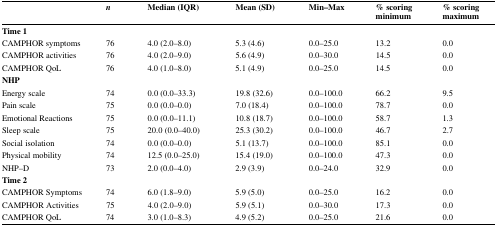
<table><thead><tr><td></td><td><b><i>n</i></b></td><td><b>Median (IQR)</b></td><td><b>Mean (SD)</b></td><td><b>Min–Max</b></td><td><b>% scoring minimum</b></td><td><b>% scoring maximum</b></td></tr></thead><tbody><tr><td><b>Time 1</b></td><td></td><td></td><td></td><td></td><td></td><td></td></tr><tr><td>CAMPHOR symptoms</td><td>76</td><td>4.0 (2.0–8.0)</td><td>5.3 (4.6)</td><td>0.0–25.0</td><td>13.2</td><td>0.0</td></tr><tr><td>CAMPHOR activities</td><td>76</td><td>4.0 (2.0–9.0)</td><td>5.6 (4.9)</td><td>0.0–30.0</td><td>14.5</td><td>0.0</td></tr><tr><td>CAMPHOR QoL</td><td>76</td><td>4.0 (1.0–8.0)</td><td>5.1 (4.9)</td><td>0.0–25.0</td><td>14.5</td><td>0.0</td></tr><tr><td><b>NHP</b></td><td></td><td></td><td></td><td></td><td></td><td></td></tr><tr><td>Energy scale</td><td>74</td><td>0.0 (0.0–33.3)</td><td>19.8 (32.6)</td><td>0.0–100.0</td><td>66.2</td><td>9.5</td></tr><tr><td>Pain scale</td><td>75</td><td>0.0 (0.0–0.0)</td><td>7.0 (18.4)</td><td>0.0–100.0</td><td>78.7</td><td>0.0</td></tr><tr><td>Emotional Reactions</td><td>75</td><td>0.0 (0.0–11.1)</td><td>10.8 (18.7)</td><td>0.0–100.0</td><td>58.7</td><td>1.3</td></tr><tr><td>Sleep scale</td><td>75</td><td>20.0 (0.0–40.0)</td><td>25.3 (30.2)</td><td>0.0–100.0</td><td>46.7</td><td>2.7</td></tr><tr><td>Social isolation</td><td>74</td><td>0.0 (0.0–0.0)</td><td>5.1 (13.7)</td><td>0.0–100.0</td><td>85.1</td><td>0.0</td></tr><tr><td>Physical mobility</td><td>74</td><td>12.5 (0.0–25.0)</td><td>15.4 (19.0)</td><td>0.0–100.0</td><td>47.3</td><td>0.0</td></tr><tr><td>NHP–D</td><td>73</td><td>2.0 (0.0–4.0)</td><td>2.9 (3.9)</td><td>0.0–24.0</td><td>32.9</td><td>0.0</td></tr><tr><td><b>Time 2</b></td><td></td><td></td><td></td><td></td><td></td><td></td></tr><tr><td>CAMPHOR Symptoms</td><td>74</td><td>6.0 (1.8–9.0)</td><td>5.9 (5.0)</td><td>0.0–25.0</td><td>16.2</td><td>0.0</td></tr><tr><td>CAMPHOR Activities</td><td>75</td><td>4.0 (2.0–9.0)</td><td>5.9 (5.1)</td><td>0.0–30.0</td><td>17.3</td><td>0.0</td></tr><tr><td>CAMPHOR QoL</td><td>74</td><td>3.0 (1.0–8.3)</td><td>4.9 (5.2)</td><td>0.0–25.0</td><td>21.6</td><td>0.0</td></tr></tbody></table>